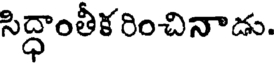
సిద్ధాంతీక రించినాడు.